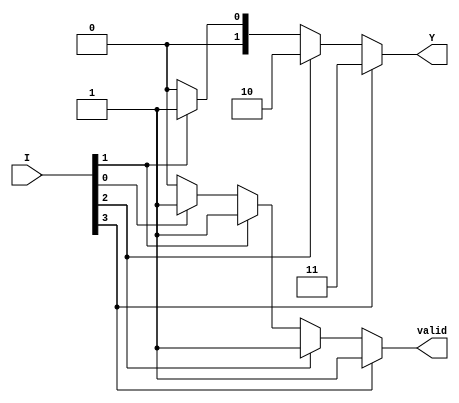
module dual_priority_encoder (
    input wire [3:0] I,      // 4-bit input (I0, I1, I2, I3)
    output reg [1:0] Y,      // 2-bit encoded output
    output reg valid          // Valid output signal
);
    
    always @(*) begin
        // Initialize outputs
        Y = 2'b00;            // Default output (no input active)
        valid = 1'b0;        // Default valid output (no input active)

        // Check for highest priority active input
        if (I[3]) begin       // I3 is highest priority
            Y = 2'b11;       // Output 3
            valid = 1'b1;    // At least one input is active
        end else if (I[2]) begin
            Y = 2'b10;       // Output 2
            valid = 1'b1;    
        end else if (I[1]) begin
            Y = 2'b01;       // Output 1
            valid = 1'b1;    
        end else if (I[0]) begin
            Y = 2'b00;       // Output 0
            valid = 1'b1;    
        end
    end
endmodule